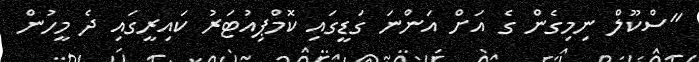
"ސްކޫލް ނިމިގެން ގެ އަށް އަންނަ ގަޑީގައި ކޮމްޕިއުޓަރު ކައިރީގައި ދެ މީހުން